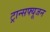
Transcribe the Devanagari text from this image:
ट्रान्सफ्यूजन